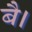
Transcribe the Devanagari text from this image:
बै।